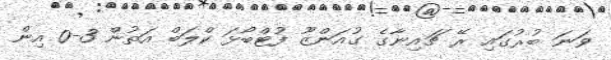
ވަނަ ބުރުގައި ރޭ ޗައިނާގެ ގުއަންޒޫ ފުޓްބޯޅަ ކްލަބް އަތުން 3-0 އިން